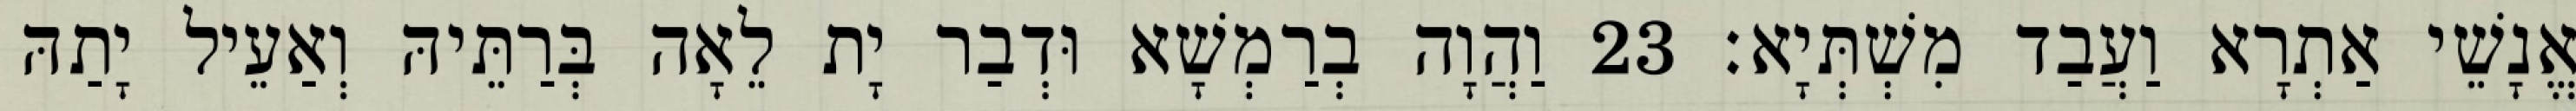
אֱנָשֵׁי אַתְרָא וַעֲבַד מִשְׁתְּיָא׃ 23 וַהֲוָה בְרַמְשָׁא וּדְבַר יָת לֵאָה בְּרַתֵּיהּ וְאַעֵיל יָתַהּ